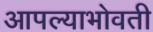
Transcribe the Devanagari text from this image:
आपल्याभोवती